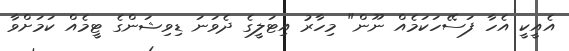
އެއީކީ އެހާ ފަސޭހަކަމެއް ނޫން" މިހާރު އިޓަލީގެ ދެވަނަ ޑިވިޝަންގެ ޓީމެއް ކަމަށްވާ